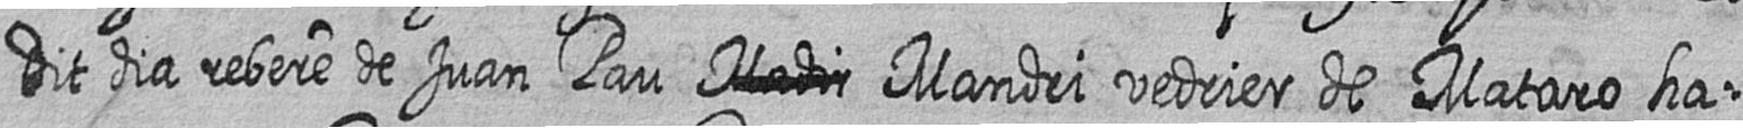
dit dia rebere de Juan Pau # Mandri vedrier de Mataro ha=